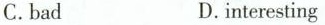
C.bad D.interesting